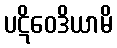
ပဋိဝေဒိယာမိ